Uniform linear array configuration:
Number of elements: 16
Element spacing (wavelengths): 0.25
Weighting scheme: uniform
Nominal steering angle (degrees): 45
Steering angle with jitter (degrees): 46.008
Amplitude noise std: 0.05
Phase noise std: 0.05

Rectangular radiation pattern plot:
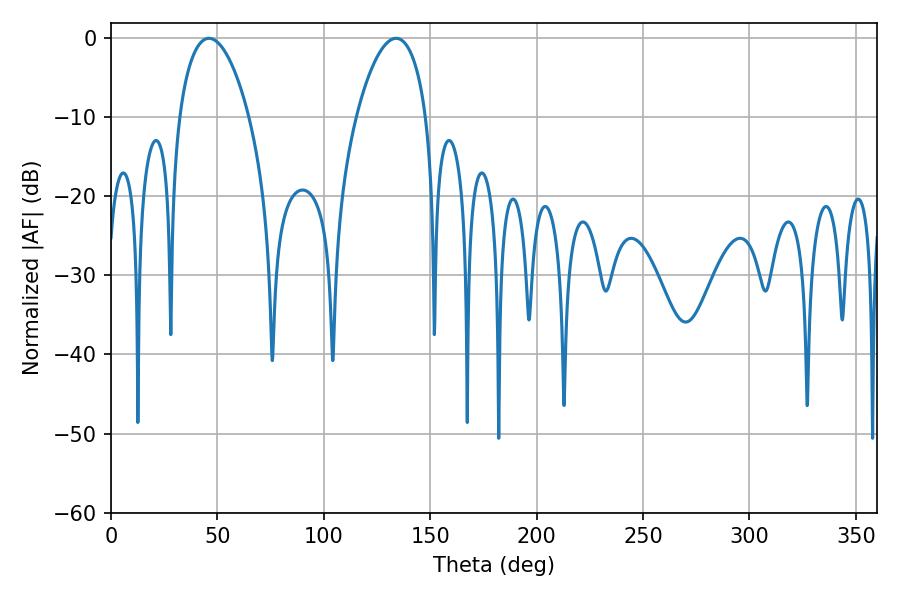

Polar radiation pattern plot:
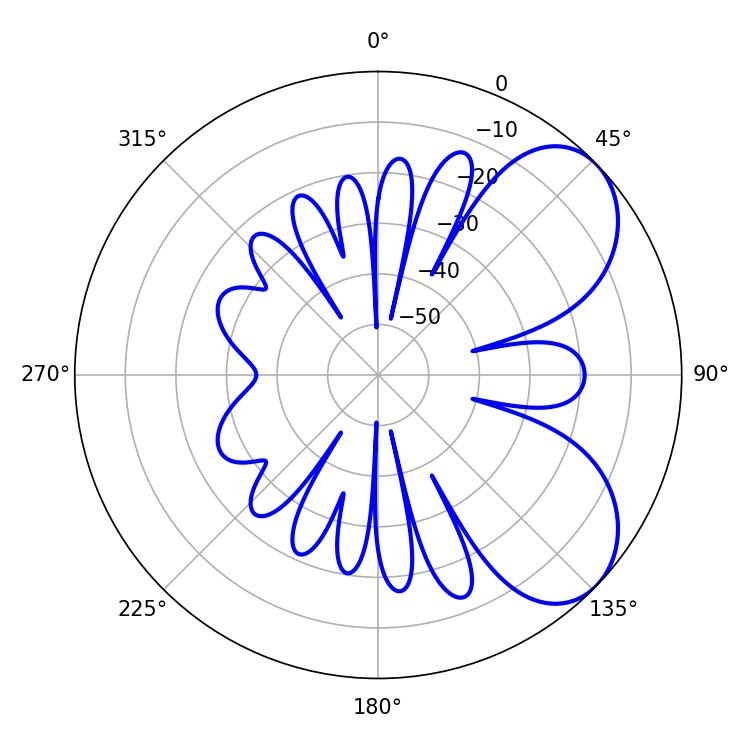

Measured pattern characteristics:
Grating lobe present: FALSE
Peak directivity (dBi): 6.021
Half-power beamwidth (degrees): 18.54
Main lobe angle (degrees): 46.08